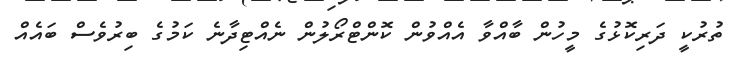
ތުރުކީ ދަރިކޮޅުގެ މީހުން ބާއްވާ އެއްވުން ކޮންޓްރޯލުން ނެއްޓިދާނެ ކަމުގެ ބިރުވެސް ބައެއް